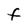
Character: F